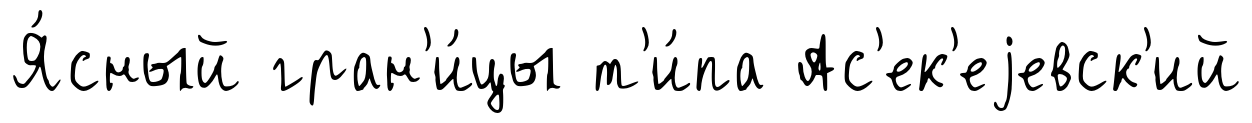
Я́сный гран'и́цы т'и́па Ас'ек'еjевск'ий